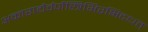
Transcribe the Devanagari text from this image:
अकाराद्यैर्वर्णैस्त्रिभिरभिदधत्